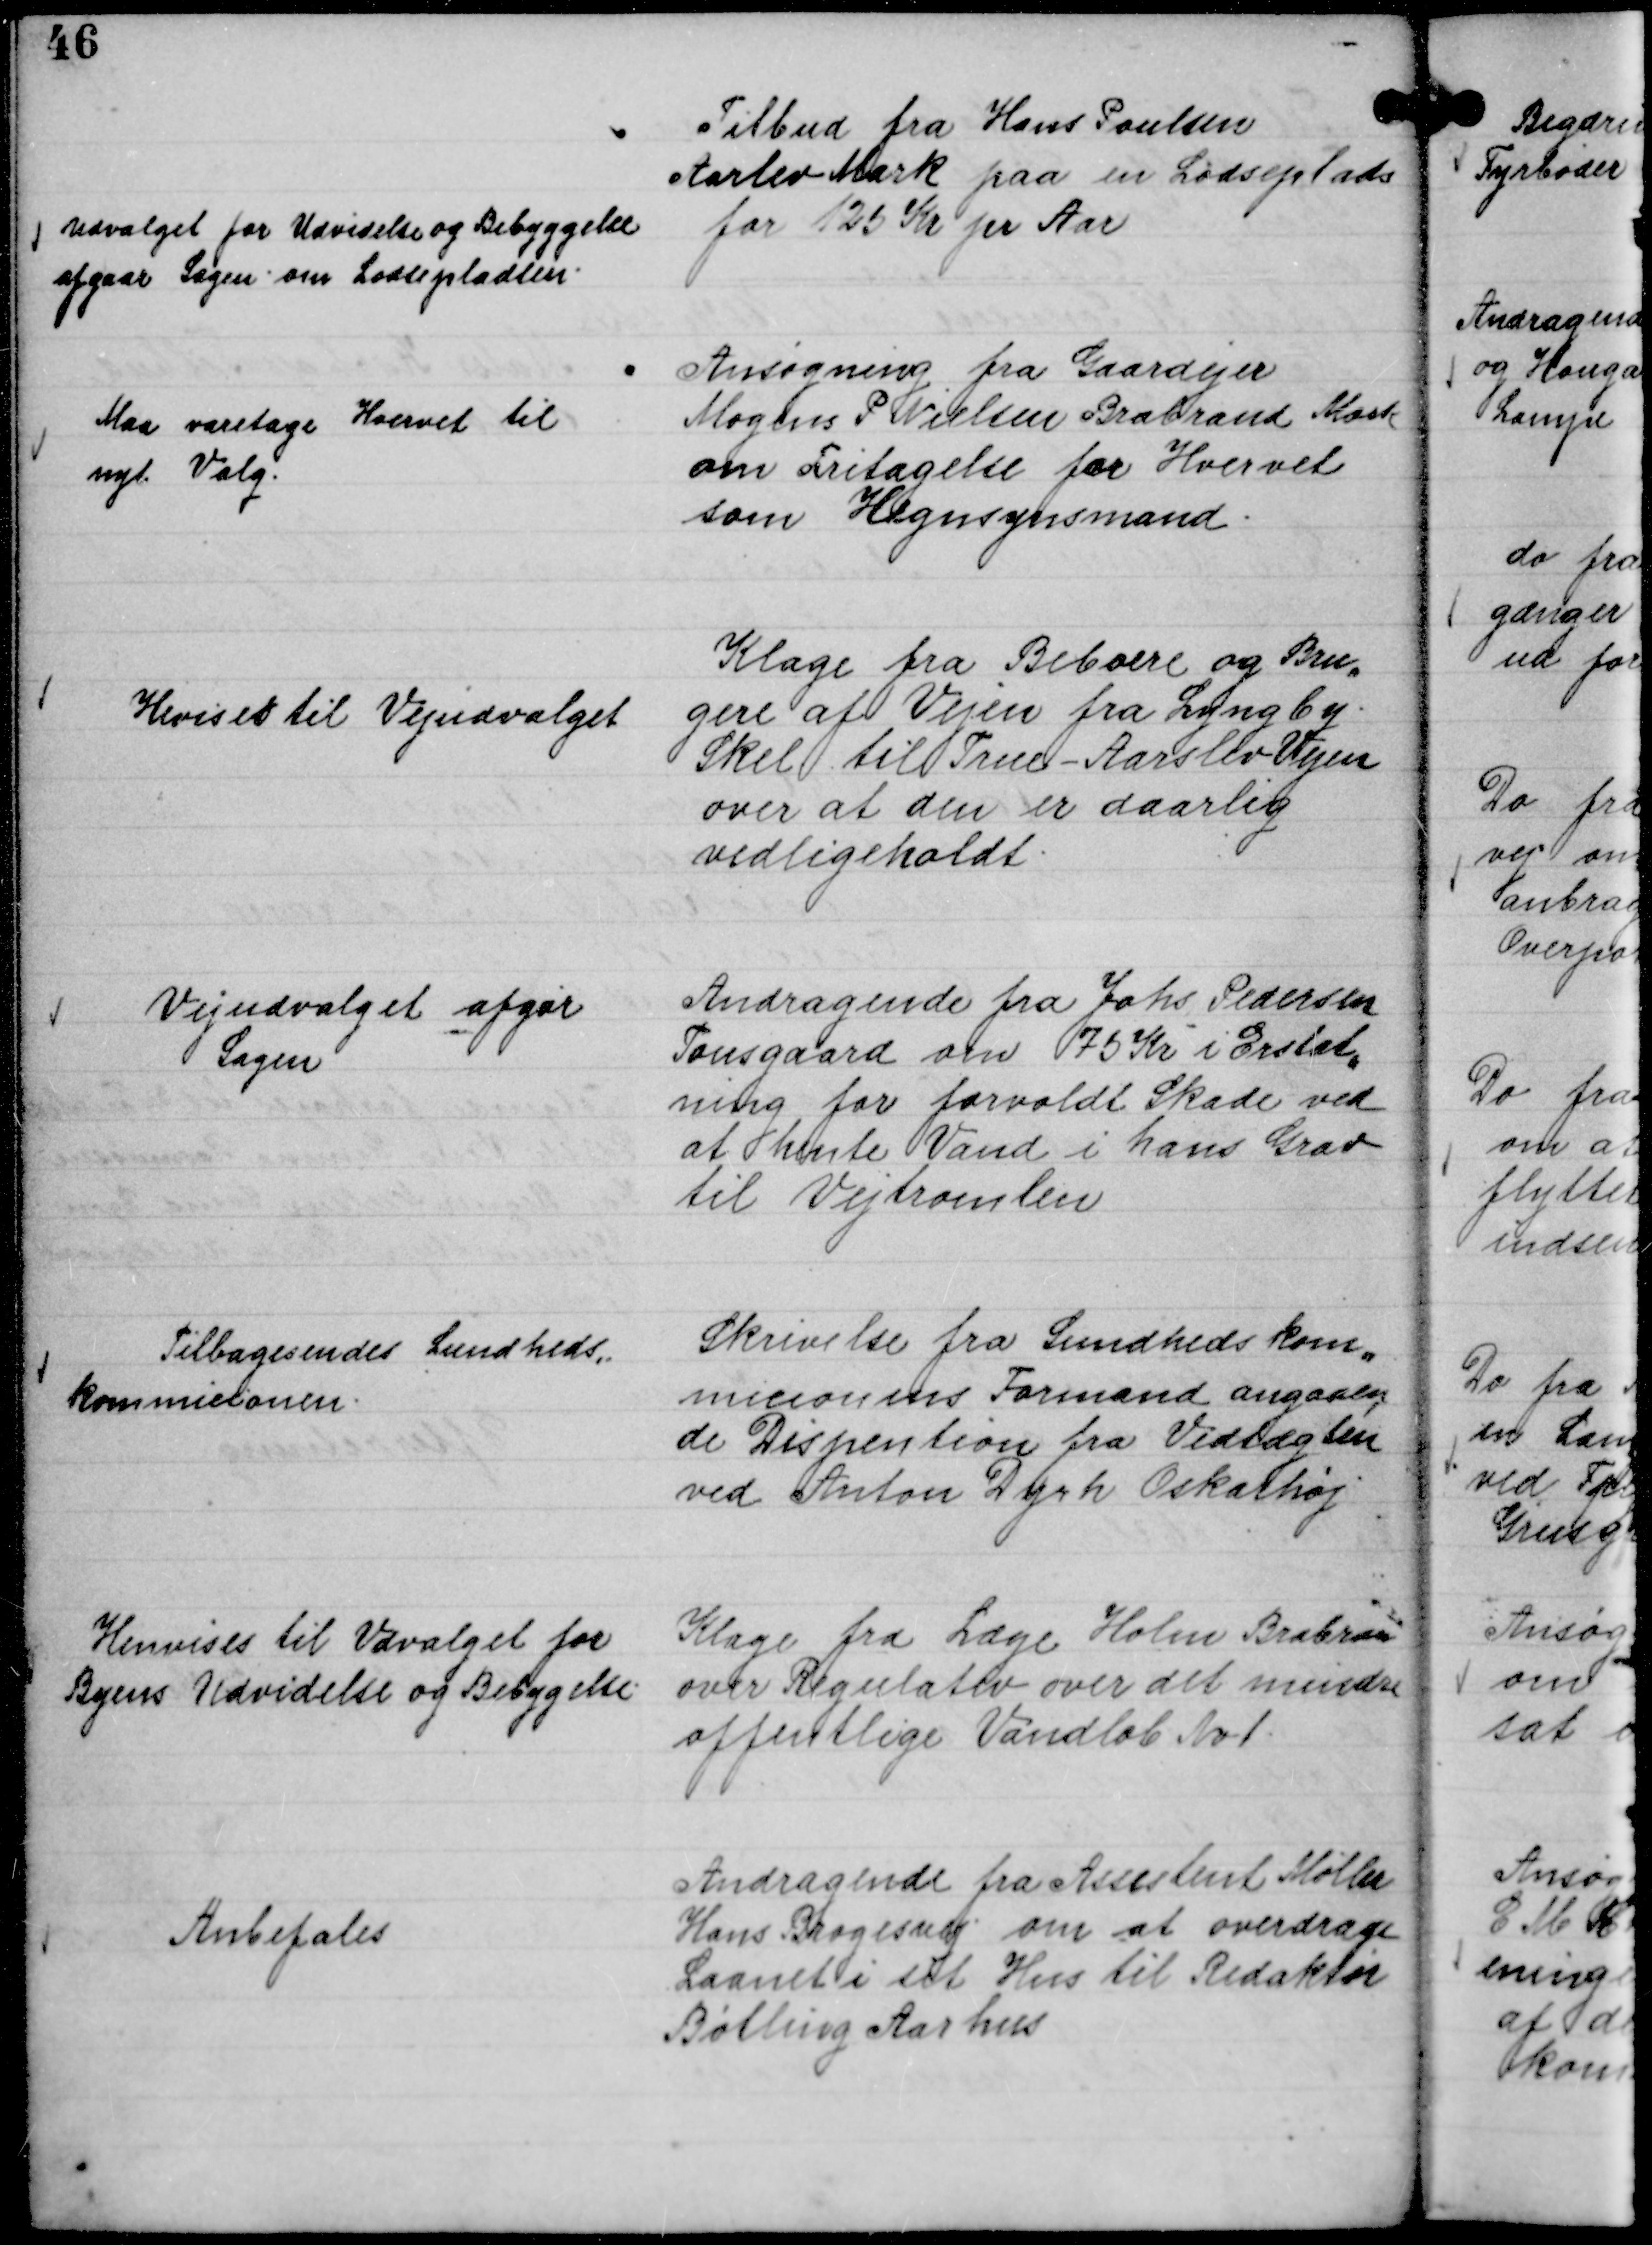
Transskription:
Tilbud fra Hans Poulsen
Aarlev Mark paa en Lodseplads
for 125 Kr pr Aar

Udvalget for Udvidelse og Bebyggelse
afgaar Sagen om Lodsepladsen.

Ansøgning fra Gaardejer
Mogens P Nielsen Brabrand Mark
om Fritagelse for Hvervet
som Hegnsynsmand.

Maa varetage Hvervet til
nyt Valg.

Klage fra Beboere og Bru,,
gere af Vejen fra Lyngby
Skel til True - Aarslev Vejen
over at den er daarlig
vedligeholdt.

Hevises til Vejudvalget

Andragende fra Johs Pedersen
Tousgaard om 75 Kr i Erstat,,
ning for forvoldt Skade ved
at hente Vand i hans Grav
til Vejtromlen

Vejudvalget afgør
Sagen

Skrivelse fra Sundhedskom,,
misionens Formand angaaen
de Dispention fra Vedtægten
ved Anton Dyhr Oskarhøj

Tilbagesendes Sundheds,,
kommissionen.

Klage fra Læge Holm Brabran
over Regulativ over det mindre
offentlige Vandløb Nr 1.

Henvises til Udvalget for
Byens Udvidelse og Bebygelse.

Andragende fra Assistent Møller
Hans Brogesvej om at overdrage
Laanet i sit Hus til Redaktør
Bølling Aarhus

Anbefales